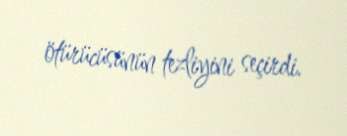
ötürücüsünün tezliyini seçirdi.